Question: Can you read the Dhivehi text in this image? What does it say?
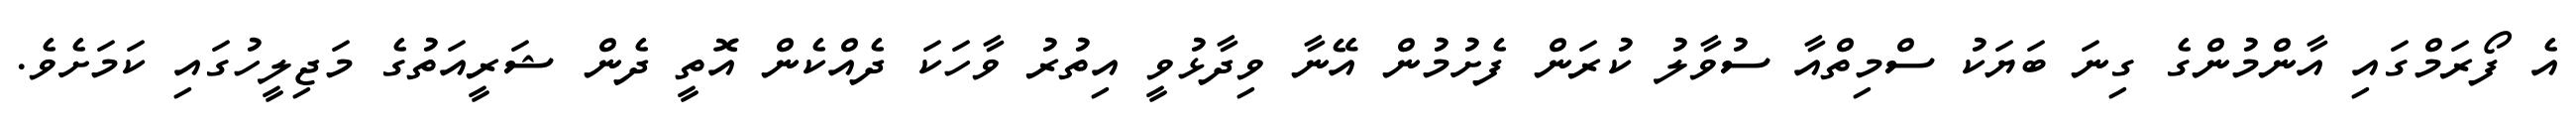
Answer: އެ ފޯރަމްގައި އާންމުންގެ ގިނަ ބަޔަކު ސްމިތްއާ ސުވާލު ކުރަން ފެށުމުން އޭނާ ވިދާޅުވީ އިތުރު ވާހަކަ ދެއްކެން އޮތީ ދެން ޝަރީއަތުގެ މަޖިލީހުގައި ކަމަށެވެ.